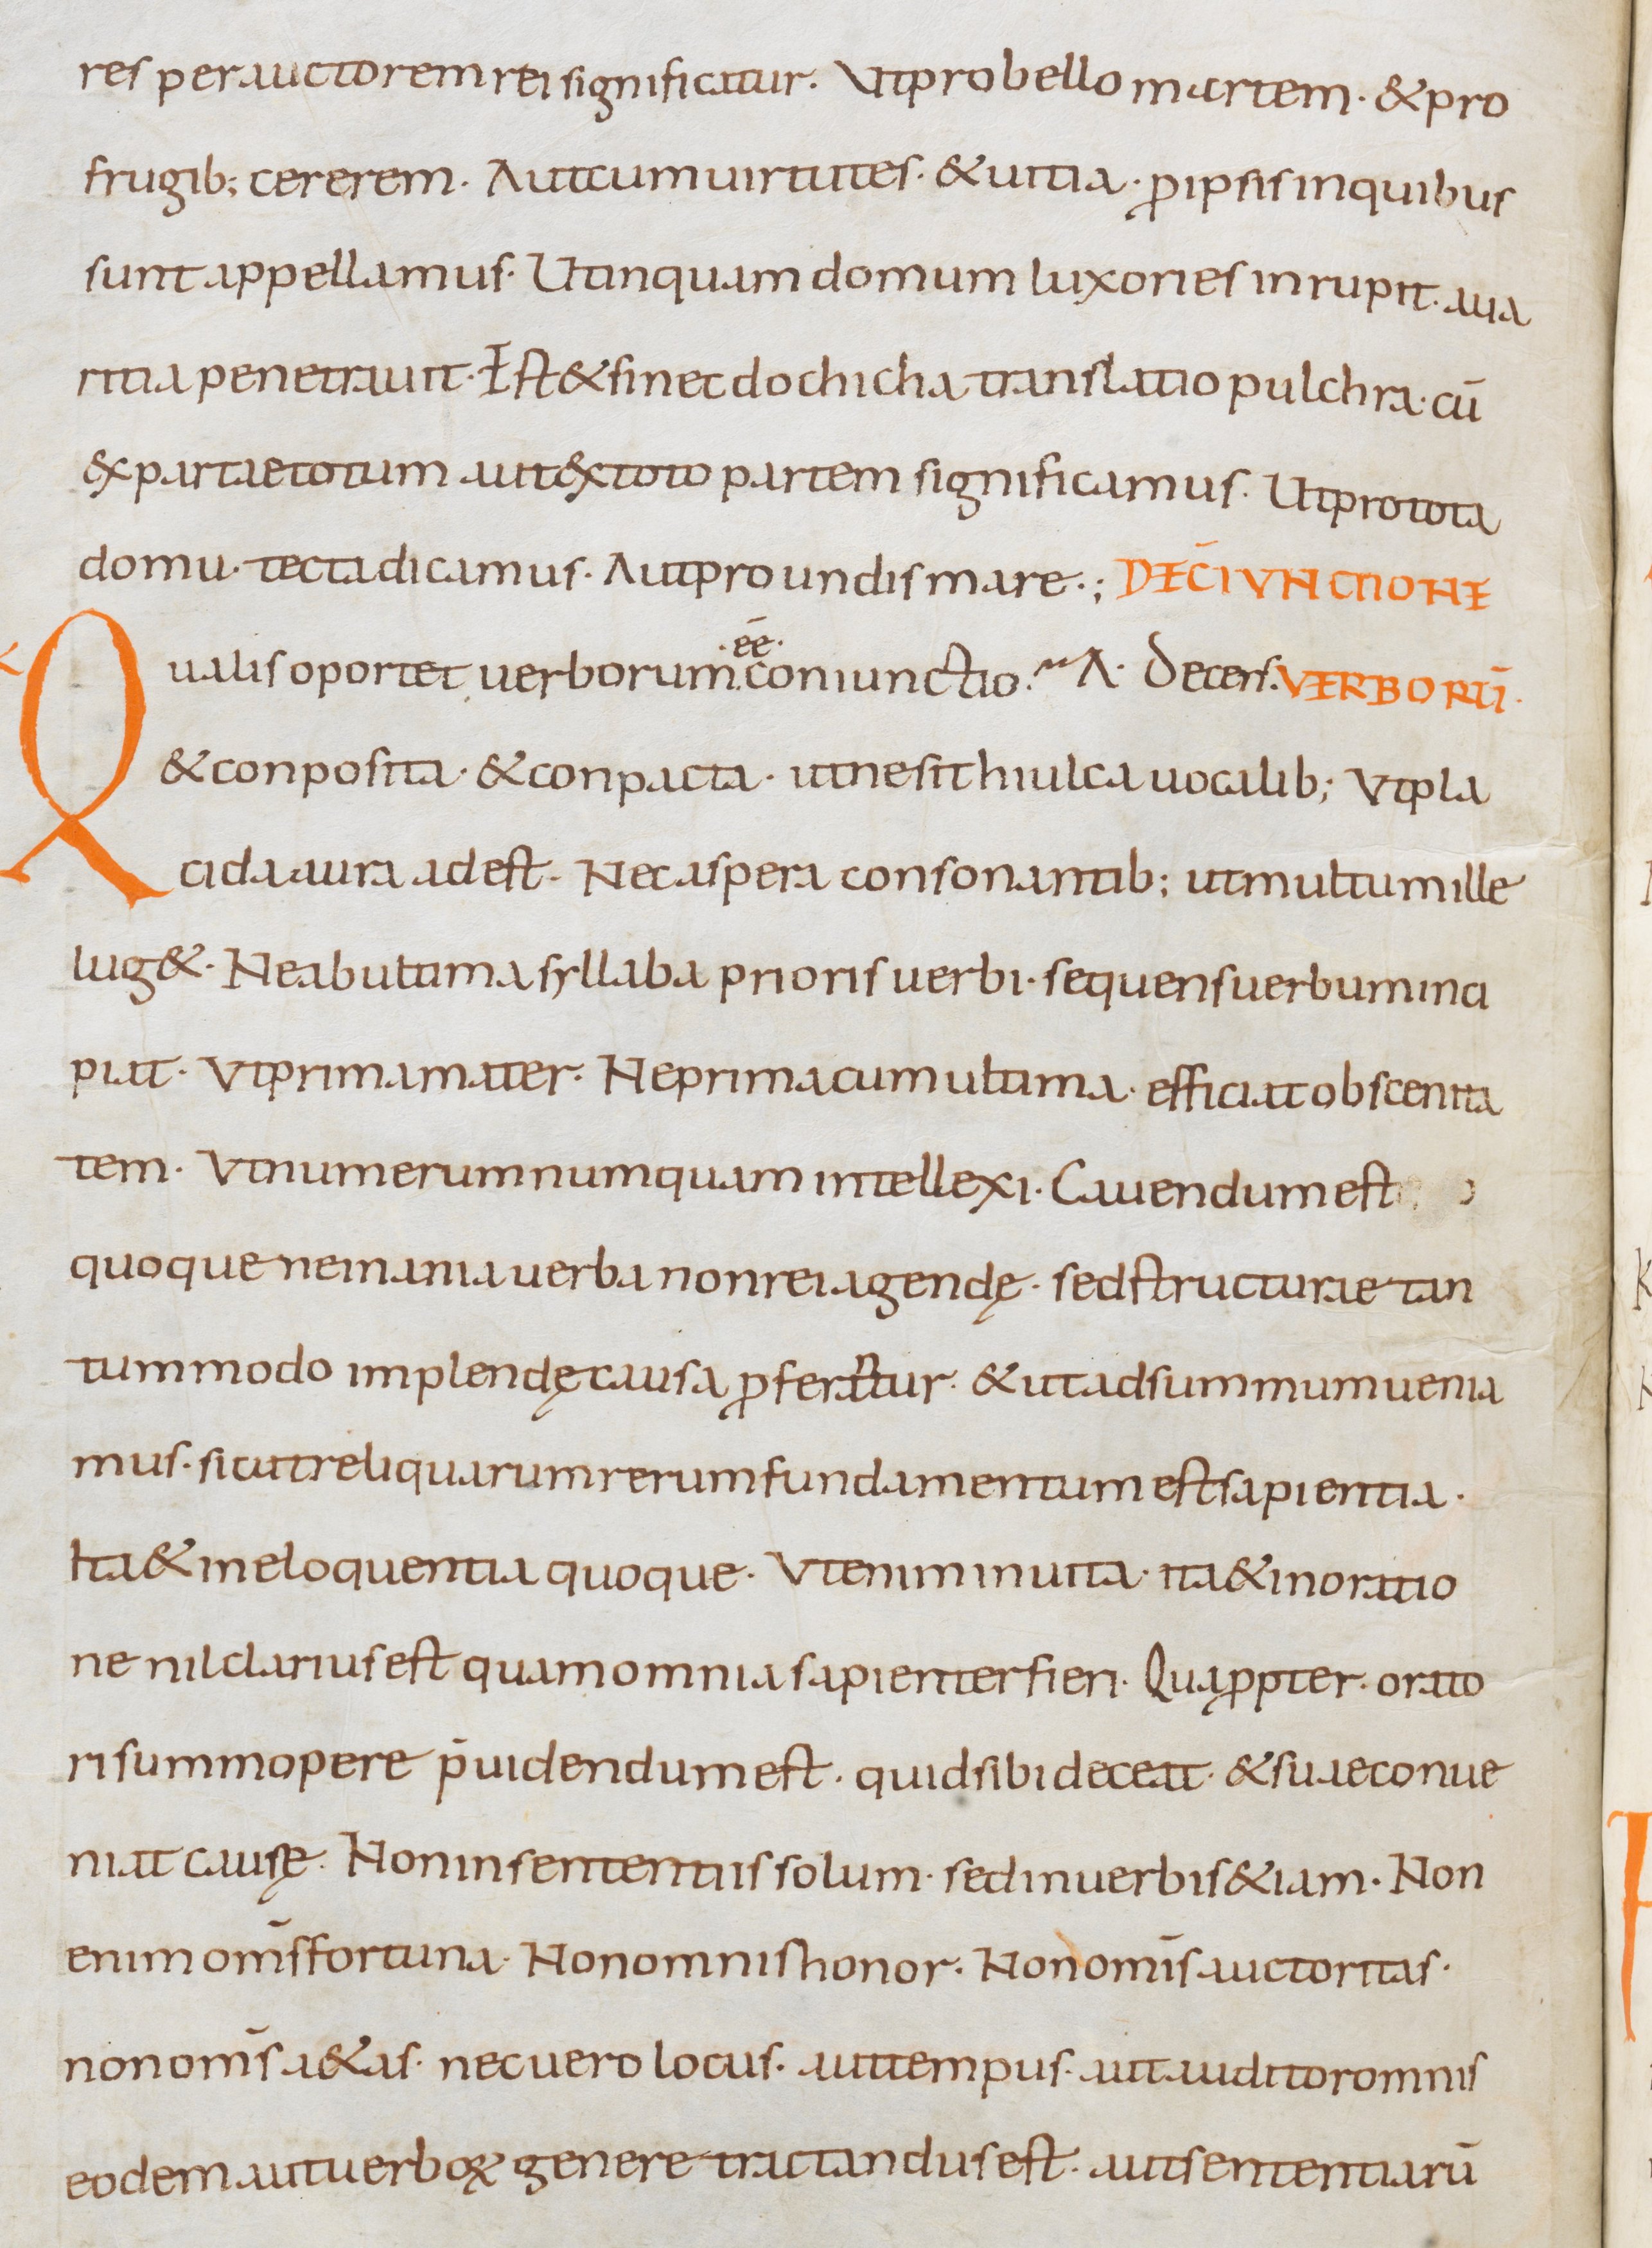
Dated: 800–899